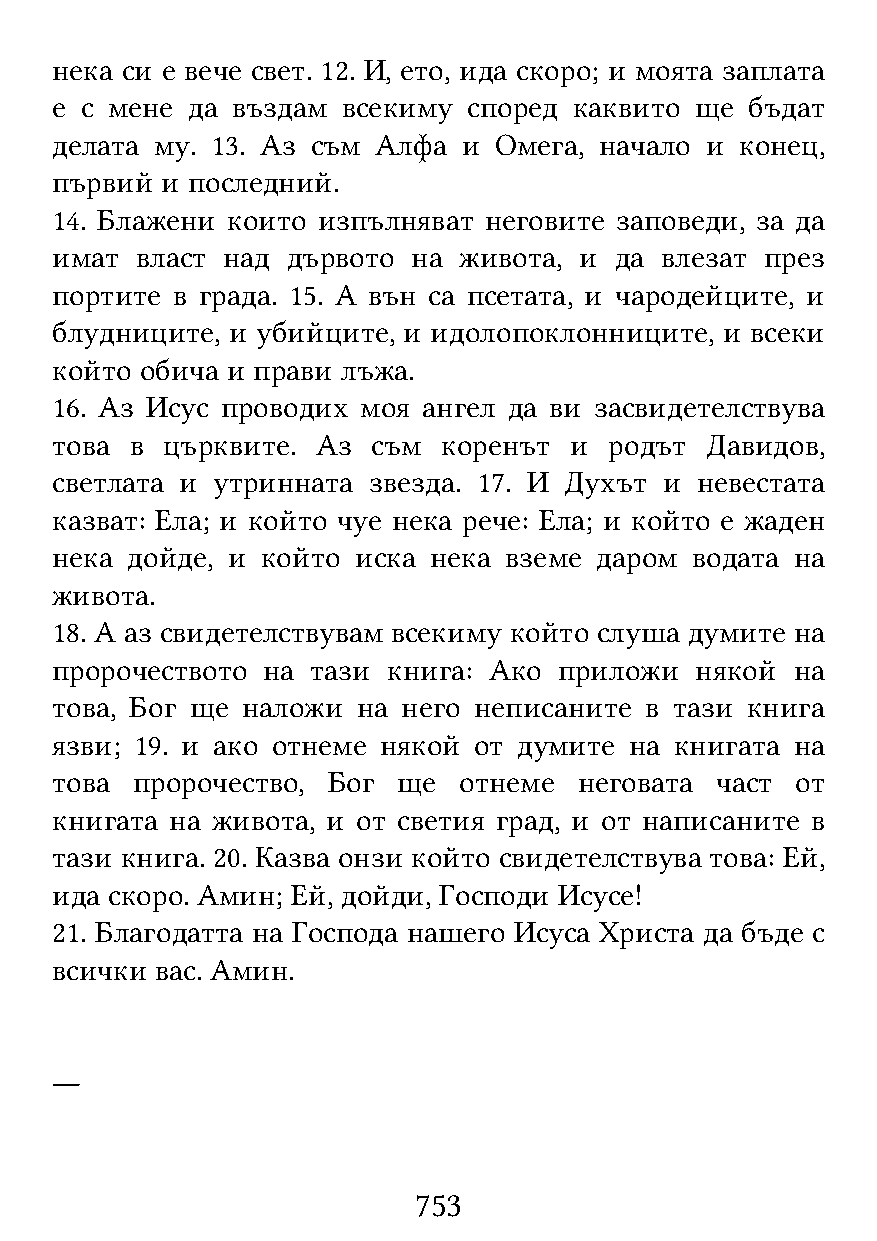
нека си е вече свет. 12. И, ето, ида скоро; и моята заплата
 е с мене да въздам  всекиму според каквито ще  бъдат
 делата му. 13. Аз съм Алфа  и Омега, начало и конец,
 първий  и последний.
 14. Блажени които изпълняват неговите заповеди, за да
 имат  власт над дървото на живота, и  да влезат през
 портите в града. 15. А вън са псетата, и чародейците, и
 блудниците, и убийците, и идолопоклонниците, и всеки
 който обича и прави лъжа.
 16. Аз Исус проводих моя ангел да ви засвидетелствува
 това  в църквите. Аз  съм коренът  и родът  Давидов,
 светлата и утринната звезда. 17. И Духът и невестата
 казват: Ела; и който чуе нека рече: Ела; и който е жаден
 нека дойде, и който иска нека вземе даром  водата на
 живота.
 18. А аз свидетелствувам всекиму който слуша думите на
 пророчеството на  тази книга: Ако приложи  някой  на
 това, Бог ще наложи  на него неписаните в тази книга
 язви; 19. и ако отнеме някой от думите на книгата на
 това  пророчество, Бог ще  отнеме  неговата част  от
 книгата на живота, и от светия град, и от написаните в
 тази книга. 20. Казва онзи който свидетелствува това: Ей,
 ида скоро. Амин; Ей, дойди, Господи Исусе!
 21. Благодатта на Господа нашего Исуса Христа да бъде с
 всички вас. Амин.
 ―
 753